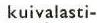
kuivalasti-